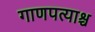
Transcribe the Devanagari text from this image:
गाणपत्याश्च